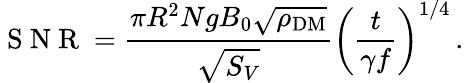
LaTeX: \mathrm{~S~N~R~}=\frac{\pi R^{2}NgB_{0}\sqrt{\rho_{\mathrm{DM}}}}{\sqrt{S_{V}}}\left(\frac{t}{\gamma f}\right)^{1/4}\, .